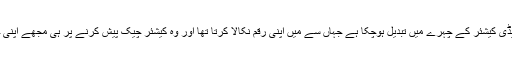
اس کا چہرہ اس بنک کی لیڈی کیشئر کے چہرے میں تبدیل ہوچکا ہے جہاں سے میں اپنی رقم نکالا کرتا تھا اور وہ کیشئر چیک پیش کرنے پر ہی مجھے اپنی جمع شدہ رقم ادا کرتی تھی۔